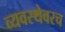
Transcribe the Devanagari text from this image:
व्यवस्थेवरच